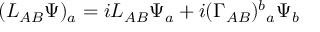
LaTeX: ( L _ { A B } \Psi ) _ { a } = i { \cal L } _ { A B } \Psi _ { a } + i ( \Gamma _ { A B } ) ^ { b } { } _ { a } \Psi _ { b }